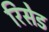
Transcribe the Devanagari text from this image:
रिसेड